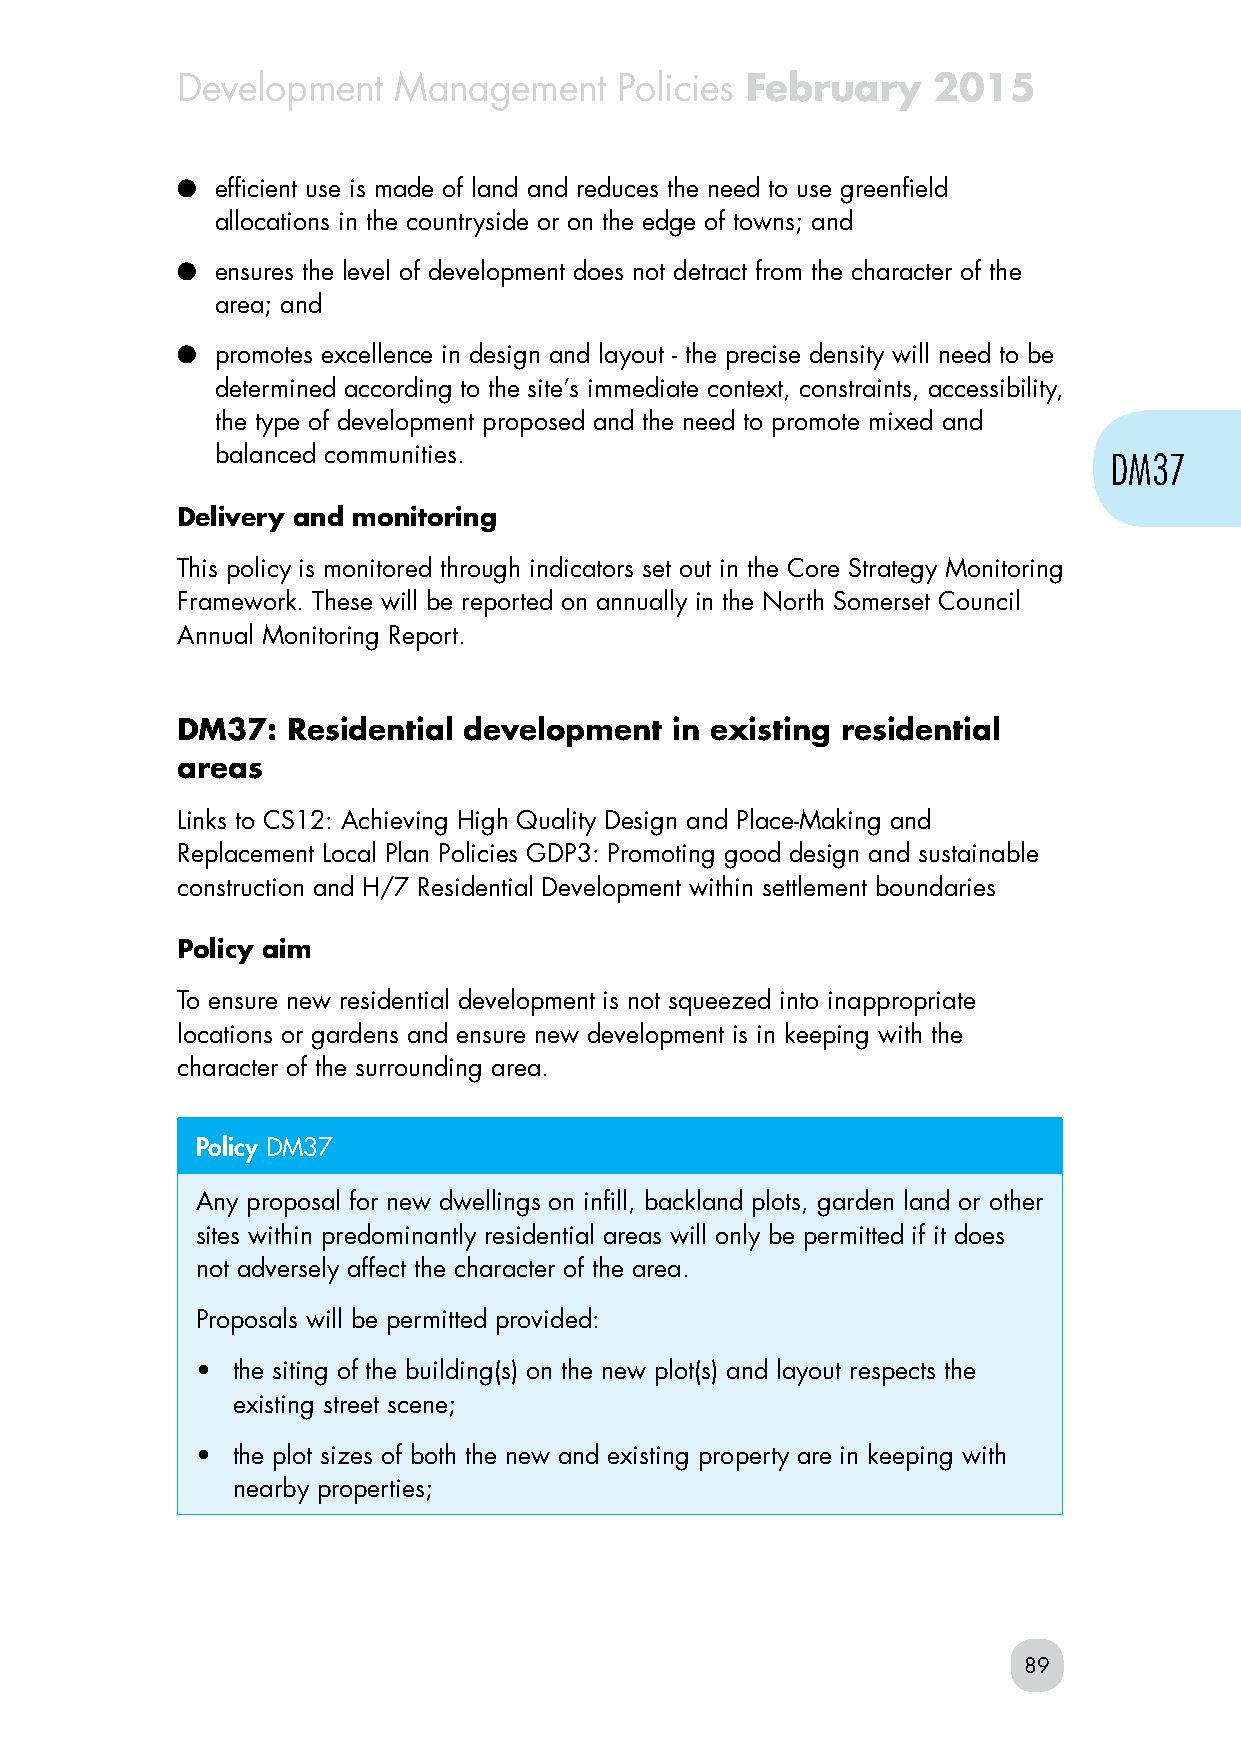
Development   Management     Policies February    2015
 ● efficient use is made of land and reduces the need to use greenfield
 allocations in the countryside or on the edge of towns; and
 ● ensures the level of development does not detract from the character of the
 area; and
 ● promotes excellence in design and layout - the precise density will need to be
 determined according to the site’s immediate context, constraints, accessibility,
 the type of development proposed and the need to promote mixed and
 balanced communities.
 DM37
 Delivery and monitoring
 This policy is monitored through indicators set out in the Core Strategy Monitoring
 Framework. These will be reported on annually in the North Somerset Council
 Annual Monitoring Report.
 DM37:  Residential development   in existing residential
 areas
 Links to CS12: Achieving High Quality Design and Place-Making and
 Replacement Local Plan Policies GDP3: Promoting good design and sustainable
 construction and H/7 Residential Development within settlement boundaries
 Policy aim
 To ensure new residential development is not squeezed into inappropriate
 locations or gardens and ensure new development is in keeping with the
 character of the surrounding area.
 Policy DM37
 Any proposal for new dwellings on infill, backland plots, garden land or other
 sites within predominantly residential areas will only be permitted if it does
 not adversely affect the character of the area.
 Proposals will be permitted provided:
 • the siting of the building(s) on the new plot(s) and layout respects the
 existing street scene;
 • the plot sizes of both the new and existing property are in keeping with
 nearby properties;
 89